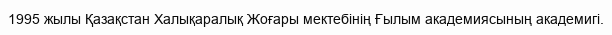
1995 жылы Қазақстан Халықаралық Жоғары мектебінің Ғылым академиясының академигі.